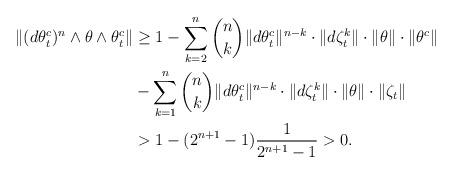
LaTeX: \begin{align*}\|(d\theta _{t}^{c})^{n}\wedge \theta\wedge \theta_{t}^{c}\|&\ge 1-\sum^n_{k=2} \binom nk \|d\theta _{t}^{c}\|^{n-k}\cdot\|d\zeta^k_t\| \cdot \|\theta \| \cdot \|\theta^c\| \\&-\sum^n_{k=1} \binom nk \|d\theta _{t}^{c}\|^{n-k}\cdot \|d\zeta^k_t\| \cdot \|\theta \| \cdot \|\zeta_t\| \\&> 1-(2^{n+1}-1)\frac1 {2^{n+1}-1}> 0.\end{align*}